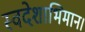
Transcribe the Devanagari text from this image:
स्वदेशाभिमान।